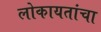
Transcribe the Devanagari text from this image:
लोकायतांचा